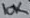
Text: 10K